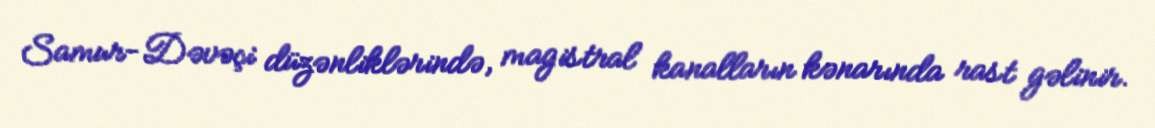
Samur-Dəvəçi düzənliklərində, magistral kanalların kənarında rast gəlinir.